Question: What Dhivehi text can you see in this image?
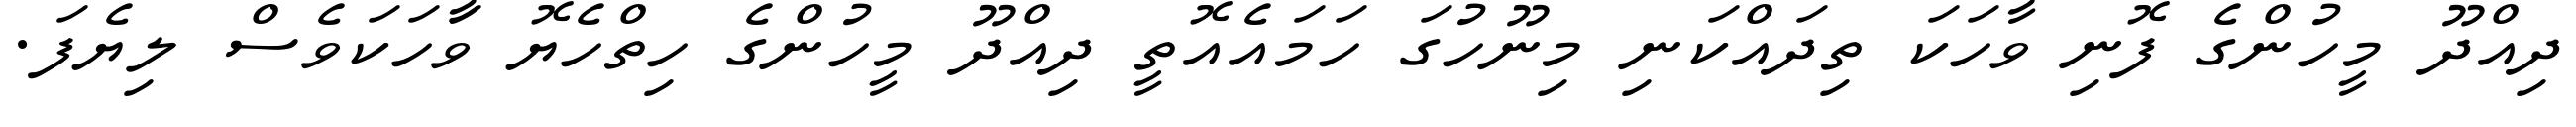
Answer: ދިއްދޫ މީހުންގެ ފޮނި ވާހަކަ ތިދައްކަނި މިނޫހުގަ ހަމައެއޮތީ ދިއްދޫ މީހުންގެ ހިތްހެޔޮ ވާަހަކަވެސް ލިޔެފަ.